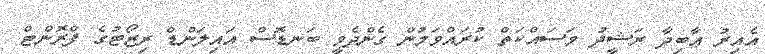
އެއިރު ޢާބިދާ ރަޝީދު މަސައްކަތް ކުރައްވަމުން ގެންދެވީ ބަނޑޮސް އައިލަންޑް ރިޒޯޓުގެ ފްރޮންޓް